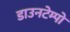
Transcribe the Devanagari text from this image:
डाउनटेम्पो